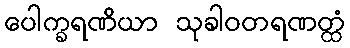
ပေါက္ခရဏိယာ သုခါဝတရဏတ္ထံ